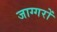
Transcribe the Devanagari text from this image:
जाग्गरों